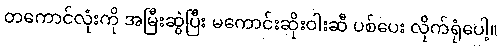
တကောင်လုံးကို အမြီးဆွဲပြီး မကောင်းဆိုးဝါးဆီ ပစ်ပေး လိုက်ရုံပေါ့။